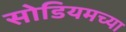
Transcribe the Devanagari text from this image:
सोडियमच्या